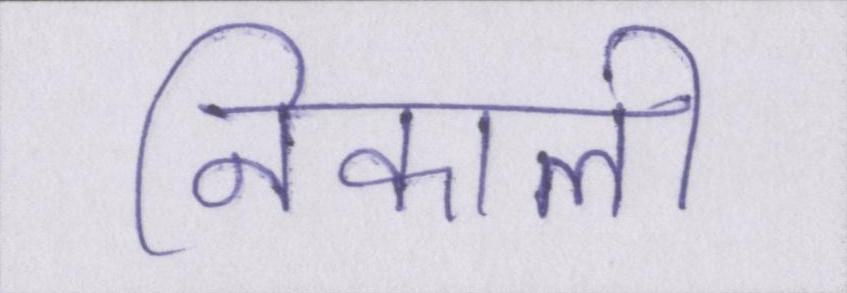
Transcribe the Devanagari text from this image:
निकाली